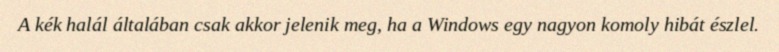
A kék halál általában csak akkor jelenik meg, ha a Windows egy nagyon komoly hibát észlel.